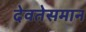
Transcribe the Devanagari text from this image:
देवतेसमान